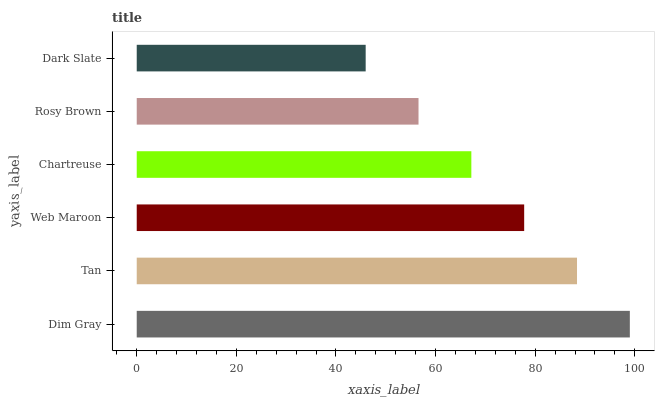
| yaxis_label | bars |
 | --- | --- |
 | Dim Gray | 99 |
 | Tan | 88.4 |
 | Web Maroon | 77.8 |
 | Chartreuse | 67.2 |
 | Rosy Brown | 56.6 |
 | Dark Slate | 46 |